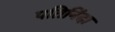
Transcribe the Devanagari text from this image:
पतिनिंदा